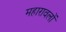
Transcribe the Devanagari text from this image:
महारावलों